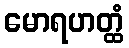
မောရဟတ္ထံ